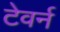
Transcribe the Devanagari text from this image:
टेवर्न